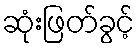
ဆုံးဖြတ်ခွင့်